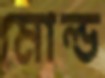
মোল্ড